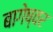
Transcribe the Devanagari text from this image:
बागेष्वर